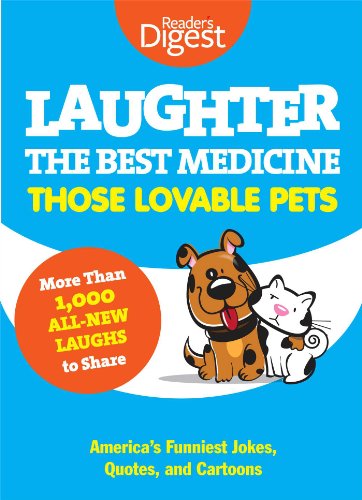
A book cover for Laughter, The Best Medicine: Those Lovable Pets: Reader's Digest Funniest Pet Jokes, Quotes, and Cartoons; Editors of Reader's Digest; Humor & Entertainment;